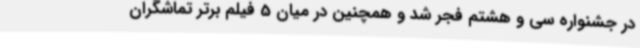
در جشنواره سی و هشتم فجر شد و همچنین در میان 5 فیلم برتر تماشگران